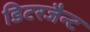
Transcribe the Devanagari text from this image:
डिटरजैन्ट